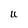
Character: U